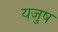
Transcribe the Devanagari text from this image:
यजुष